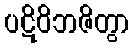
ပဋိဝိဘဇိတွာ